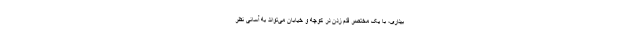
بیداری، با یک مختصر قدم زدن در کوچه و خیابان می‌تواند به آسانی نظر